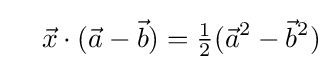
\quad {\vec {x}}\cdot ({\vec {a}}-{\vec {b}})={\tfrac {1}{2}}({\vec {a}}^{2}-{\vec {b}}^{2})